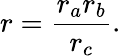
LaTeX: \displaystyle r={\frac{r_{a}r_{b}}{r_{c}}}.